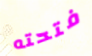
فتحته